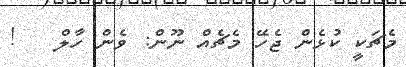
މެޗަކީ ކުޅެން ޖެހޭ މެޗެއް ނޫން: ވެން ހާލް   !